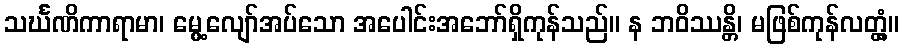
သင်္ဃဏိကာရာမာ၊ မွေ့လျော်အပ်သော အပေါင်းအဘော်ရှိကုန်သည်။ န ဘဝိဿန္တိ၊ မဖြစ်ကုန်လတ္တံ့။